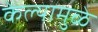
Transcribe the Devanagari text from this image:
केल्‍यामुळे